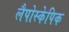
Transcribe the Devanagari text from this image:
लैपोस्केपिक